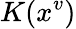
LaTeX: K(x^{v})